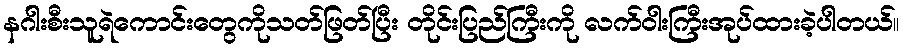
နဂါးစီးသူရဲကောင်းတွေကိုသတ်ဖြတ်ပြီး တိုင်းပြည်ကြီးကို လက်ဝါးကြီးအုပ်ထားခဲ့ပါတယ်။